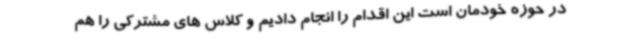
در حوزه خودمان است این اقدام را انجام دادیم و کلاس های مشترکی را هم